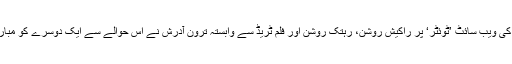
سماجی رابطوں کی ویب سائٹ ’ٹوئٹر‘ پر راکیش روشن، رہتک روشن اور فلم ٹریڈ سے وابستہ ترون آدرش نے اس حوالے سے ایک دوسرے کو مبارکباد ارسال کیں۔